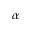
\alpha